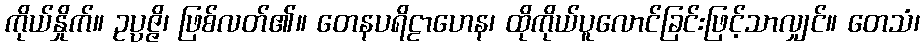
ကိုယ်နှိုက်။ ဥပ္ပဇ္ဇိ၊ ဖြစ်လတ်၏။ တေနပရိဠာဟေန၊ ထိုကိုယ်ပူလောင်ခြင်းဖြင့်သာလျှင်။ တေသံ၊